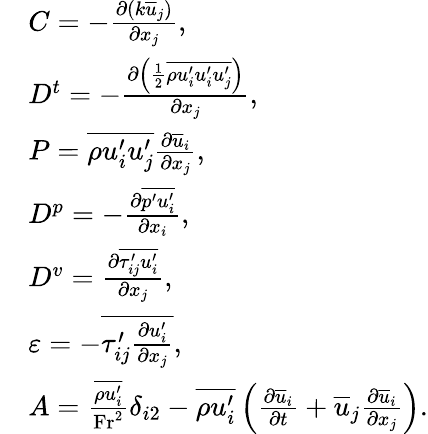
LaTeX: \begin{array}{rl}&{C=-\frac{\partial\left(k\overline{{u}}_{j}\right)}{\partial x_{j}},}\\ &{D^{t}=-\frac{\partial\left(\frac{1}{2}\overline{{\rho u_{i}^{\prime}u_{i}^{\prime}u_{j}^{\prime}}}\right)}{\partial x_{j}},}\\ &{P=\overline{{\rho u_{i}^{\prime}u_{j}^{\prime}}}\frac{\partial\overline{{u}}_{i}}{\partial x_{j}},}\\ &{D^{p}=-\frac{\partial\overline{{p^{\prime}u_{i}^{\prime}}}}{\partial x_{i}},}\\ &{D^{v}=\frac{\partial\overline{{\tau_{ij}^{\prime}u_{i}^{\prime}}}}{\partial x_{j}},}\\ &{\varepsilon=-\overline{{\tau_{ij}^{\prime}\frac{\partial u_{i}^{\prime}}{\partial x_{j}}}},}\\ &{A=\frac{\overline{{\rho u_{i}^{\prime}}}}{\mathrm{Fr}^{2}}\delta_{i2}-\overline{{\rho u_{i}^{\prime}}}\left(\frac{\partial\overline{{u}}_{i}}{\partial t}+\overline{{u}}_{j}\frac{\partial\overline{{u}}_{i}}{\partial x_{j}}\right).}\end{array}